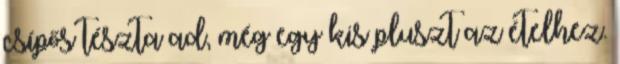
csípős tészta ad, még egy kis pluszt az ételhez.